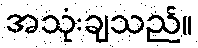
အသုံးချသည်။